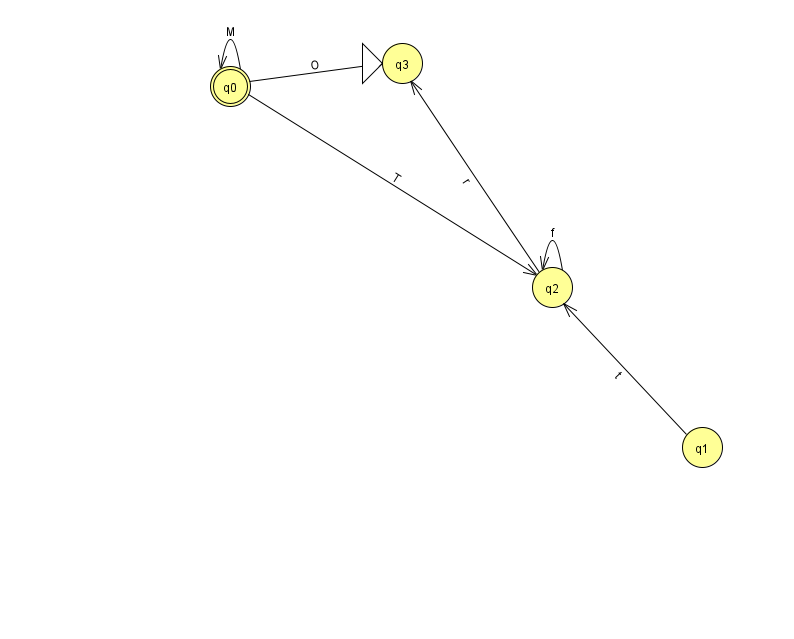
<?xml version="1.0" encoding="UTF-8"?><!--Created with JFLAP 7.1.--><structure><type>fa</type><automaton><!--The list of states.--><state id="0" name="q0"><x>230.0</x><y>73.0</y><final/></state><state id="1" name="q1"><x>702.0</x><y>434.0</y></state><state id="2" name="q2"><x>552.0</x><y>274.0</y></state><state id="3" name="q3"><x>402.0</x><y>50.0</y><initial/></state><!--The list of transitions.--><transition><from>2</from><to>3</to><read>r</read></transition><transition><from>0</from><to>2</to><read>T</read></transition><transition><from>2</from><to>2</to><read>f</read></transition><transition><from>0</from><to>0</to><read>M</read></transition><transition><from>0</from><to>3</to><read>O</read></transition><transition><from>1</from><to>2</to><read>t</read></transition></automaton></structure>